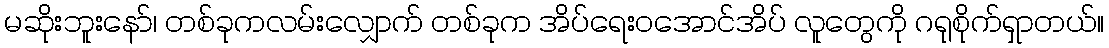
မဆိုးဘူးနော်၊ တစ်ခုကလမ်းလျှောက် တစ်ခုက အိပ်ရေးဝအောင်အိပ် လူတွေကို ဂရုစိုက်ရှာတယ်။